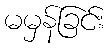
မမှန်ခြင်း